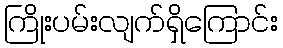
ကြိုးပမ်းလျက်ရှိကြောင်း